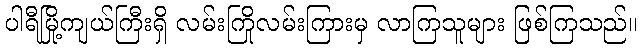
ပါရီမြို့ကျယ်ကြီးရှိ လမ်းကြိုလမ်းကြားမှ လာကြသူများ ဖြစ်ကြသည်။